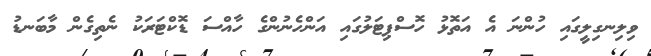
ވިލިނގިލީގައި ހުންނަ އެ އަތޮޅު ހޮސްޕިޓަލުގައި އަންހެނުންގެ ހާއްސަ ޑޮކްޓަރަކު ނެތިގެން މާބަނޑު